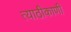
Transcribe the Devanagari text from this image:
त्याठीकाणी